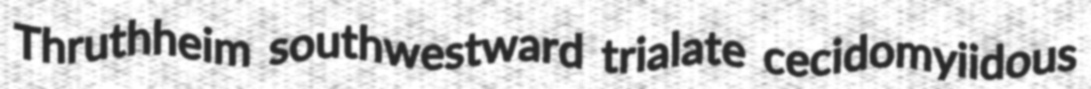
Thruthheim southwestward trialate cecidomyiidous